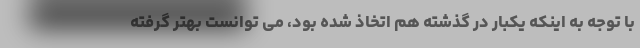
با توجه به اینکه یکبار در گذشته هم اتخاذ شده بود، می توانست بهتر گرفته